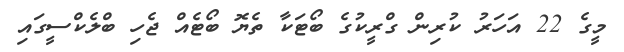
މީގެ 22 އަހަރު ކުރިން ގްރީކުގެ ބޯޓަކާ ތެޔޮ ބޯޓެއް ޖެހި ބްލެކްސީގައި